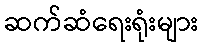
ဆက်ဆံရေးရုံးများ